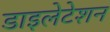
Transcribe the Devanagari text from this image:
डाइलेटेशन